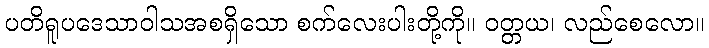
ပတိရူပဒေသာဝါသအစရှိသော စက်လေးပါးတို့ကို။ ဝတ္တယ၊ လည်စေလော။